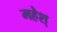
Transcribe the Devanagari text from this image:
महेश्